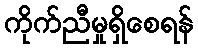
ကိုက်ညီမှုရှိစေရန်